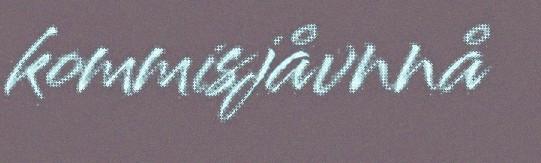
kommisjåvnnå